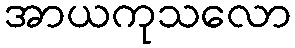
အာယကုသလော